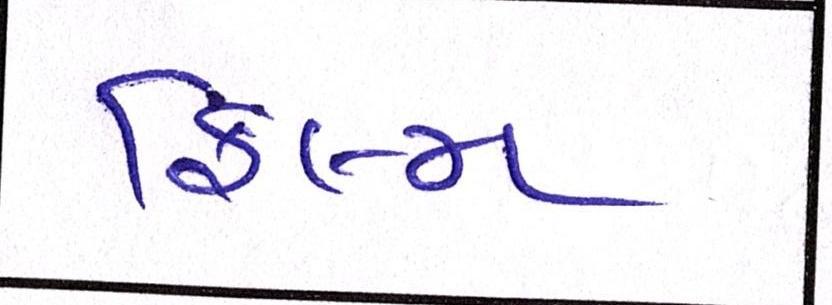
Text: ફિલ્મ